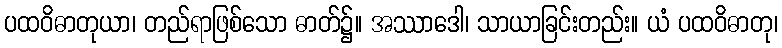
ပထဝိဓာတုယာ၊ တည်ရာဖြစ်သော ဓာတ်၌။ အဿာဒေါ၊ သာယာခြင်းတည်း။ ယံ ပထဝိဓာတု၊